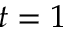
t = 1